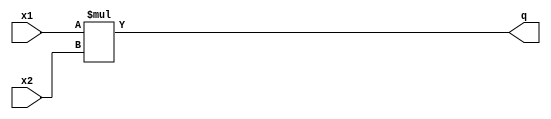
`timescale 1ns/1ns
module multiplier1 #(parameter n = 6)(x1, x2, q);
  input signed[n:0] x1;
  input signed[n:0] x2;
  output signed [2*n+1:0] q;
  assign q = x1*x2;
endmodule